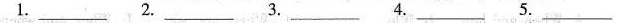
1.___ 2.___ 3.___ 4.___ 5.___